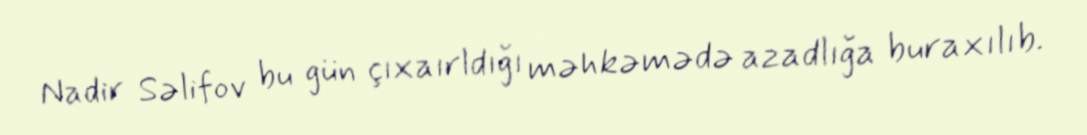
Nadir Səlifov bu gün çıxaırldığı məhkəmədə azadlığa buraxılıb.